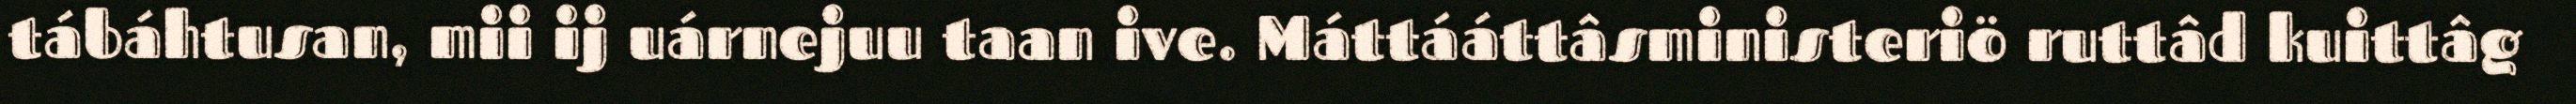
tábáhtusan, mii ij uárnejuu taan ive. Máttááttâsministeriö ruttâd kuittâg